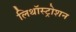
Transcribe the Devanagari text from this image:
लिथॉस्ट्रोशन